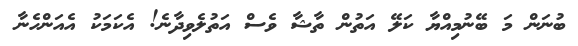
ބުނަން މަ ބޭނުމިއްޔާ ކަލޭ އަތުން ތާޝާ ވެސް އަތުލެވިދާނެ! އެކަމަކު އެއަންހެނާ